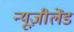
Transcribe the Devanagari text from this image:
न्यूज़ीलेंड